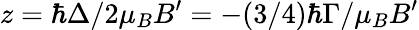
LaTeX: z=\hbar\Delta/2\mu_{B}B^{\prime}=-(3/4)\hbar\Gamma/\mu_{B}B^{\prime}